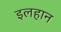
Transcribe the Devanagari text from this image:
इलहान